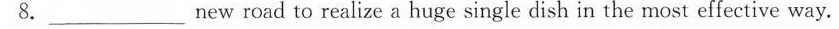
8.___ new road to realize a huge single dish in the most effective way.